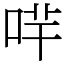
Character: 哶